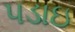
પડાઇ